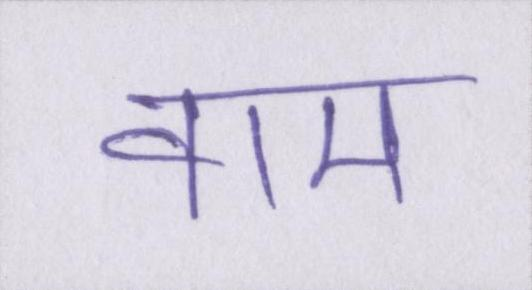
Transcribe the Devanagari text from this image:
वाम